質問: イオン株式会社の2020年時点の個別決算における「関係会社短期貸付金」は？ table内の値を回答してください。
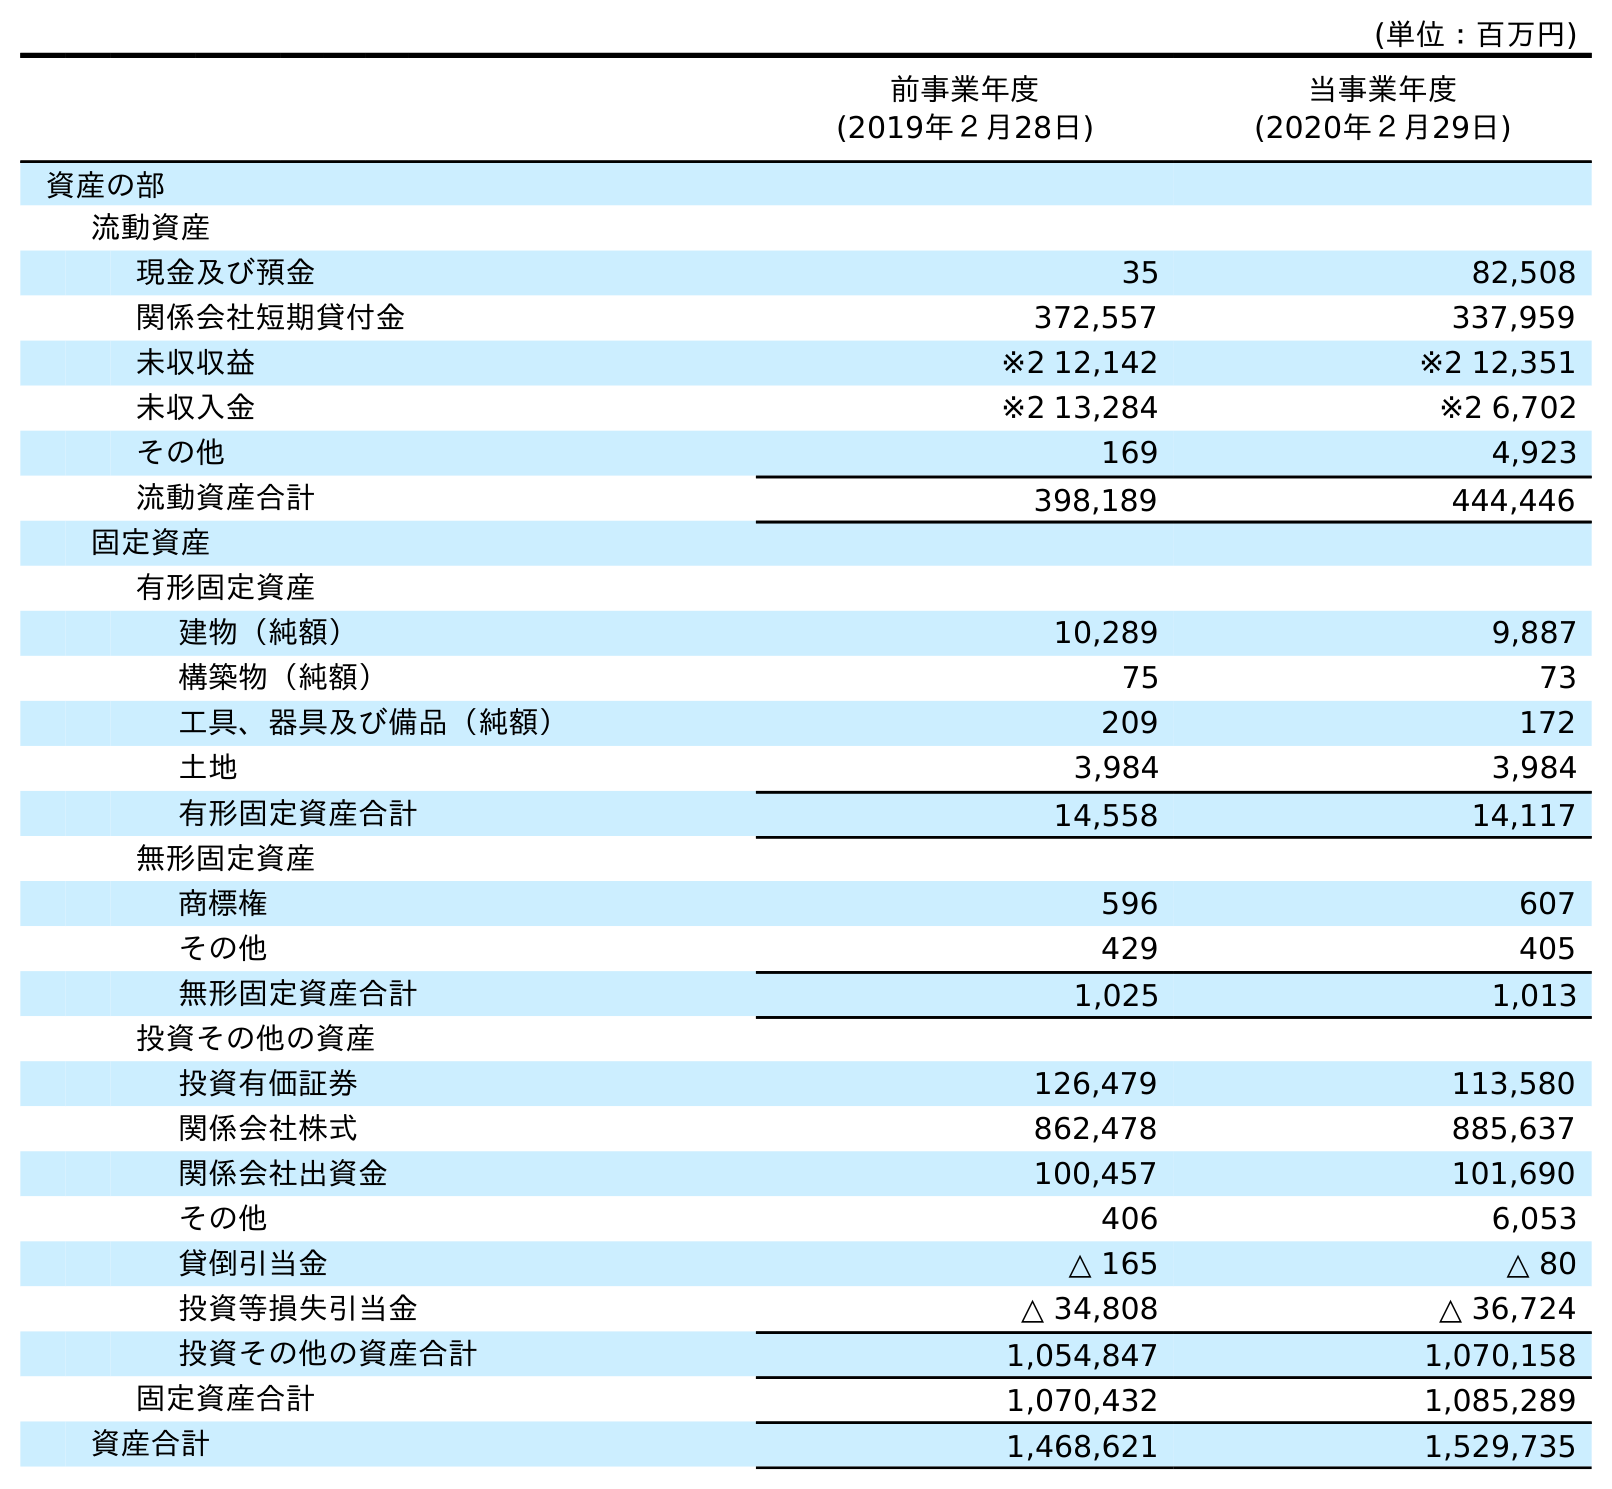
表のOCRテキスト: (単位：百万円) 前事業年度 (2019年２月28日) 当事業年度 (2020年２月29日) 資産の部 流動資産 現金及び預金 35 82,508 関係会社短期貸付金 372,557 337,959 未収収益 ※2 12,142 ※2 12,351 未収入金 ※2 13,284 ※2 6,702 その他 169 4,923 流動資産合計 398,189 444,446 固定資産 有形固定資産 建物（純額） 10,289 9,887 構築物（純額） 75 73 工具、器具及び備品（純額） 209 172 土地 3,984 3,984 有形固定資産合計 14,558 14,117 無形固定資産 商標権 596 607 その他 429 405 無形固定資産合計 1,025 1,013 投資その他の資産 投資有価証券 126,479 113,580 関係会社株式 862,478 885,637 関係会社出資金 100,457 101,690 その他 406 6,053 貸倒引当金 △ 165 △ 80 投資等損失引当金 △ 34,808 △ 36,724 投資その他の資産合計 1,054,847 1,070,158 固定資産合計 1,070,432 1,085,289 資産合計 1,468,621 1,529,735
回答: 337,959